Burma Government Medical School reports 1907-22
Year: 1907
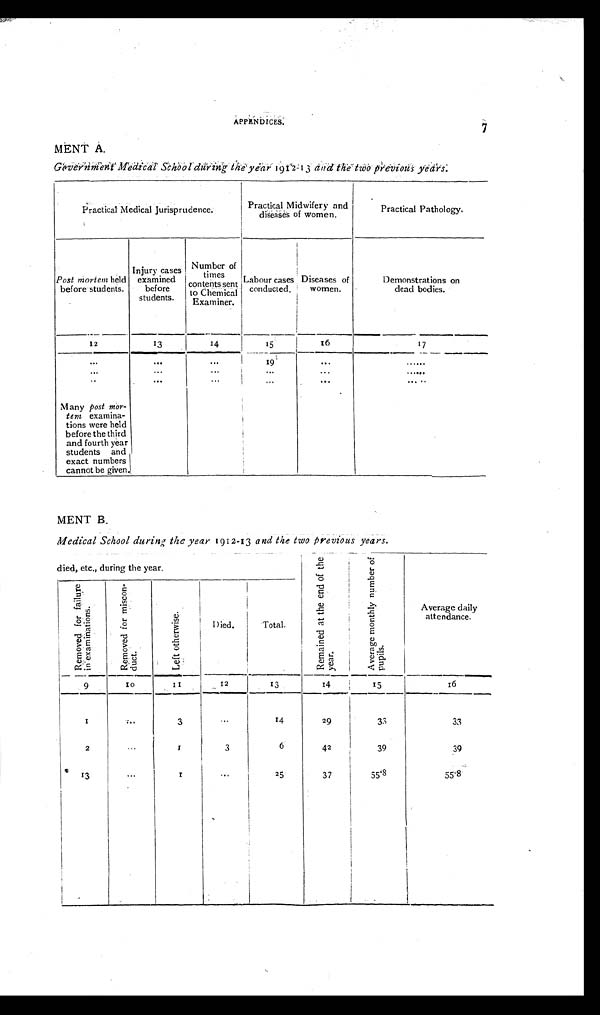
APPENDICES
.
7
MENT A.
Government Medical School during the year 1912-13 and the two previous years.
Practical Medical Jurisprudence.
Practical Midwifery and
diseases of women.
Practical Pathology.
Post mortem held
before students.
Injury cases
examined
before
students.
Number of
times
contents sent
to Chemical
Examiner.
Labour cases
conducted.
Diseases of
women.
Demonstrations on
dead bodies.
12
13
14
15
16
1 7
...
. . .
. . .
19
...
......
. . . . . .
. . .
. . . ...
. . . . . .
. . . . .
. . .
. . .
...
. . . . . .
Many post mor- t e m
examina-
tions were held
before the third
and fourth year
students and
exact numbers
cannot be given.
MENT B.
Medical School during the year 1912-13 and the two previous years.
died, etc., during the year.
R e m a i n e d a t t h e e n d o f t h e y e a r .
A v e r a g e m o n t h l y n u m b e r o f p u p i l s .
Average daily
attendance.
R e m o v e d f o r f a i l u r e i n e x a m i n a t i o n s .
R e m o v e d f o r m i s c o n - d u c t .
L e f t o t h e r w i s e .
Died.
Tot al .
9
1 0
1 1
12
1 3
14
15
16
1
. . .
3
. . .
14
29
33
33
2
...
1
3
6
42
39
39
13
...
1
. . .
25
37
5 5 . 8
5 5 . 8